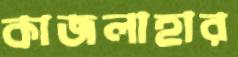
কাজলাহার